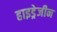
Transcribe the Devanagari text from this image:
हाइड्रेजीन